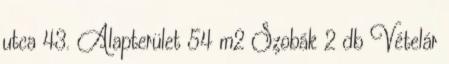
utca 43. Alapterület 54 m2 Szobák 2 db Vételár